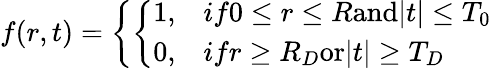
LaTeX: f(r,t)=\left\{ \left\{ \begin{array}{ll}{{1,}}&{{if0\leq r\leq R\mathrm{and}|t|\leq T_{0}}}\\ {{0,}}&{{ifr\geq R_{D}\mathrm{or}|t|\geq T_{D}}}\end{array}\right.\right.